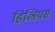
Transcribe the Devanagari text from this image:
हिलियस